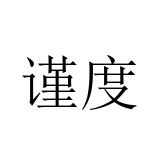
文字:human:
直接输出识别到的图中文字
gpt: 谨度